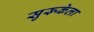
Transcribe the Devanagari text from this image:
सुरूकेला